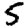
Digit: 5